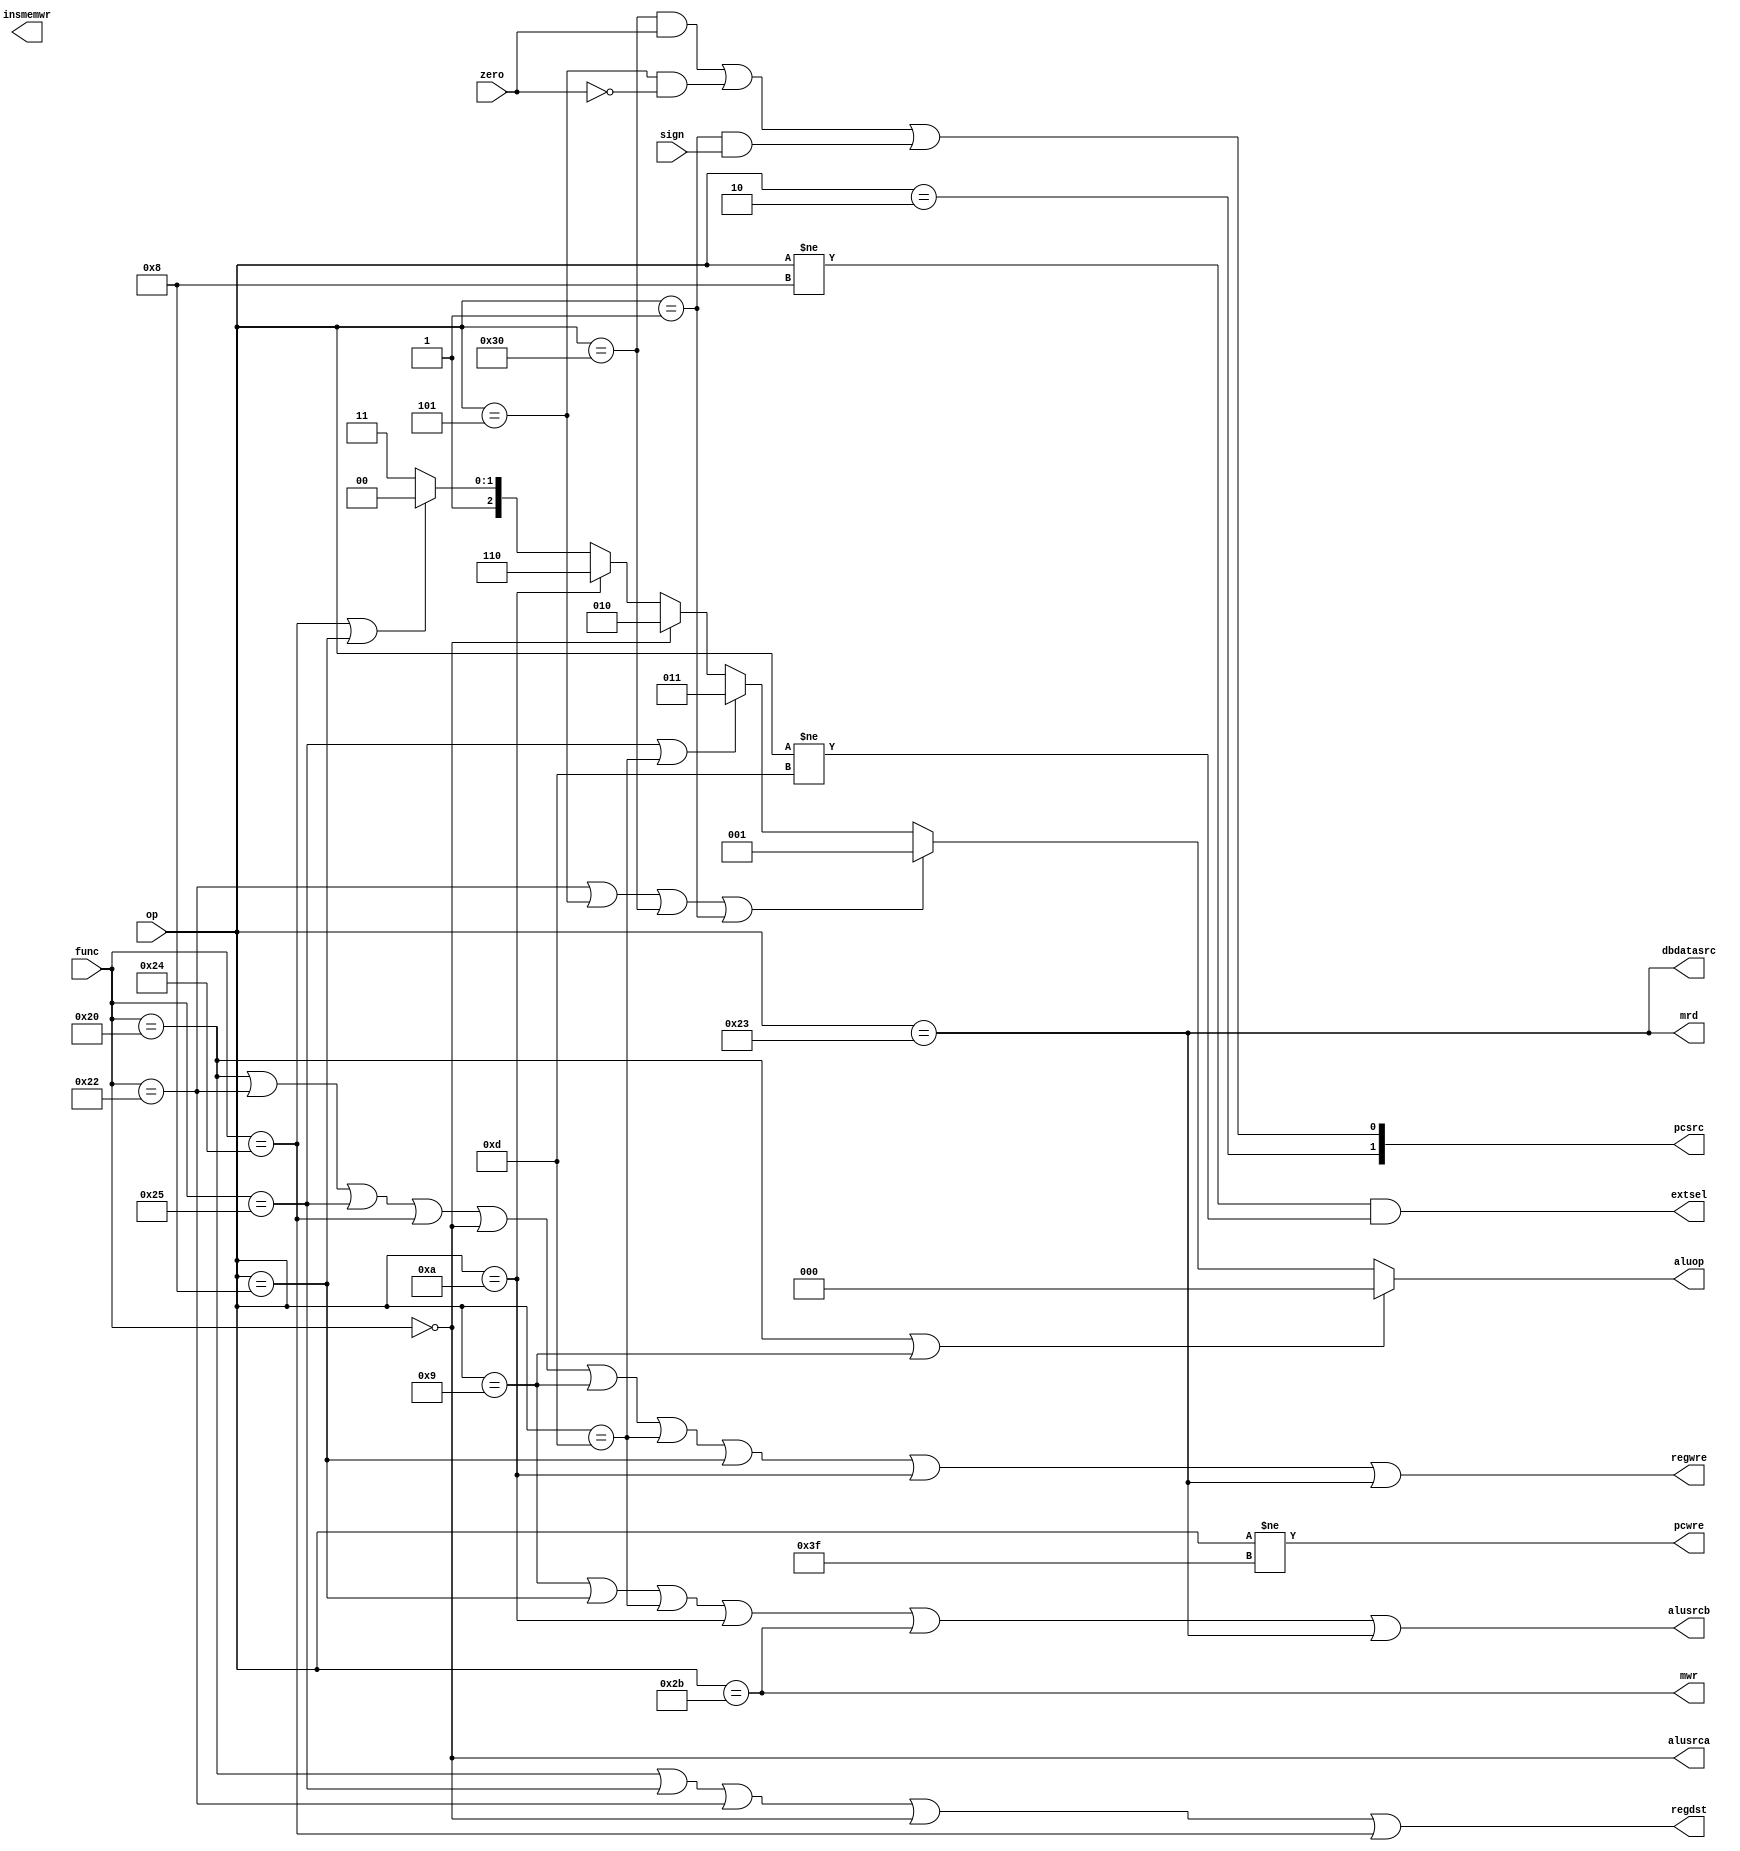
`timescale 1ns / 1ps
//////////////////////////////////////////////////////////////////////////////////
// Company: 
// Engineer: 
// 
// Design Name: 
// Module Name: control_unit
// Project Name: 
// Target Devices: 
// Tool Versions: 
// Description: 
// 
// Dependencies: 
// 
// Revision:
// Revision 0.01 - File Created
// Additional Comments:
// 
//////////////////////////////////////////////////////////////////////////////////


module control_unit(
input zero,sign,
input [5:0]op,
input [5:0]func,
output pcwre,
output regwre,
output extsel,
output insmemwr,
output dbdatasrc,
output regdst,
output alusrca,
output alusrcb,
output [1:0] pcsrc,
output mrd,
output mwr,
output [2:0] aluop
    );
    parameter halt = 6'b111111;
    parameter addiu = 6'b001001;
    parameter ori = 6'b001101;
    parameter bne =6'b000101;
    parameter slti = 6'b001010;
    parameter beq = 6'b110000;
    parameter sw = 6'b101011;
    parameter lw = 6'b100011;
    parameter bltz = 6'b000001;
    parameter j = 6'b000010;
    parameter andi = 6'b001000;
    parameter add_func = 6'b100000;
    parameter sub_func = 6'b100010; 
    parameter and_func = 6'b100100;
    parameter or_func=  6'b100101;
    parameter sll_func = 6'b000000;
    parameter add_ = 3'b000;
    parameter sub_ = 3'b001;
    parameter sll_ = 3'b010;
    parameter or_ =  3'b011;
    parameter and_ = 3'b100;
    parameter slti_ = 3'b110;
    
    wire regwre_func;
    wire aluop_sub;
    wire aluop_add;
    wire aluop_and;
    wire aluop_or;
    
    assign regwre_func =func==add_func||func==sub_func||func==or_func||func==and_func||func==sll_func;
    assign aluop_sub=func==sub_func||op==bne||op==beq||op==bltz;
    assign aluop_add= func==add_func||op==addiu;
        assign aluop_and = func==and_func||op==andi;
    assign aluop_or = func==or_func||op==ori;
    assign pcwre = op!=halt;
    assign alusrca = func==sll_func;
    assign alusrcb = op==addiu||op==andi||op==ori||op==slti||op==sw||op==lw;
    assign dbdatasrc = op==lw;
    assign regwre = regwre_func||op==addiu||op==ori||op==andi||op==slti||op==lw;
    assign insmemrw = 1;
    assign mrd = op==lw;
    assign mwr = op==sw;
    assign regdst = func==add_func||func==or_func||func==sub_func||func==sll_func||func==and_func;
    assign extsel = op!=andi&&op!=ori;  //op==slti||op==sw||op==lw||op==beq||op==bne||op==bltz||op==addiu;
    assign pcsrc[0] = (op==beq&&zero==1)||(op==bne&&zero==0)||(op==bltz&&sign==1);
    assign pcsrc[1] = op==j; 
    assign aluop = aluop_add?add_:aluop_sub?sub_:aluop_or?or_:func==sll_func?sll_:op==slti?slti_:aluop_and?and_:111;

endmodule